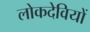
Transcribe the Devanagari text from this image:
लोकदेवियों